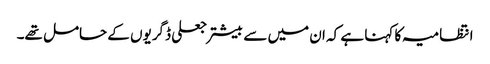
انتظامیہ کا کہنا ہے کہ ان میں سے بیشتر جعلی ڈگریوں کے حامل تھے۔